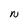
Character: N